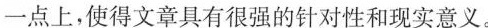
一点上，使得文章具有很强的针对性和现实意义，